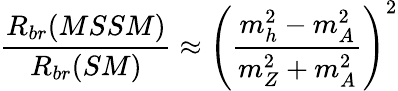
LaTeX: \frac{R_{br}(MSSM)}{R_{br}(SM)}\approx\left(\frac{m_{h}^{2}-m_{A}^{2}}{m_{Z}^{2}+m_{A}^{2}}\right)^{2}